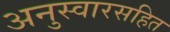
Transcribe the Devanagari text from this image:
अनुस्वारसहित